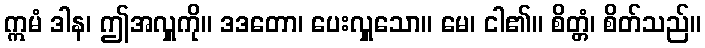
ဣမံ ဒါန၊ ဤအလှူကို။ ဒဒတော၊ ပေးလှူသော။ မေ၊ ငါ၏။ စိတ္တံ၊ စိတ်သည်။